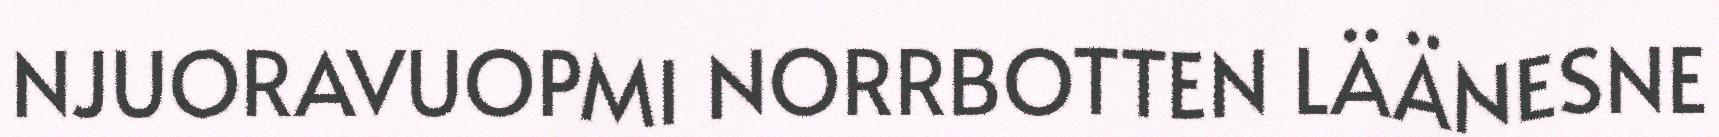
NJUORAVUOPMI NORRBOTTEN LÄÄNESNE